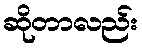
ဆိုတာလည်း